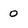
Character: 0